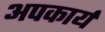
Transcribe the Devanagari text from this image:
अपकार्य